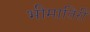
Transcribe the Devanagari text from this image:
भीमातिरीं